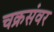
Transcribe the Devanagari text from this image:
चक्रसंवर